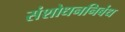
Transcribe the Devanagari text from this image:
संशोधननिबंध